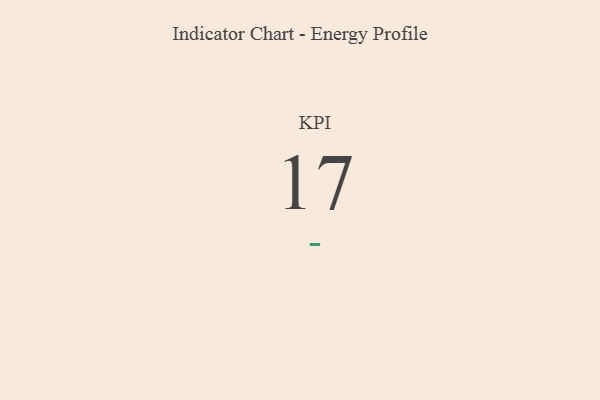
{"axis": {"x": "KPI", "y": "Value"}, "legend": [""], "data": [{"x": "KPI", "y": 17, "type": ""}]}